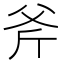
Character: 斧